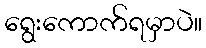
ရွေးကောက်ရမှာပဲ။